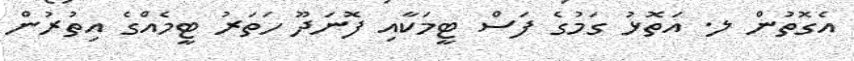
އެގޮތުން ލ. އަތޮޅު ގަމުގެ ފަސް ޓީމަކާއި ފޮނަދޫ ހަތަރު ޓީމެއްގެ އިތުރުން